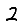
Digit: 2